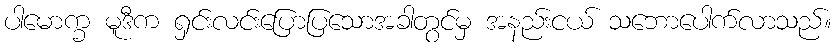
ပါမောက္ခ မူဒီက ရှင်းလင်းပြောပြသောအခါတွင်မှ အနည်းငယ် သဘောပေါက်လာသည်။